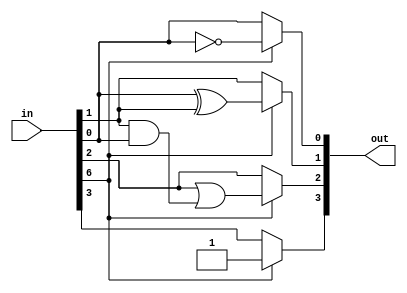
module asc_hex_to_nybble (in,out);
input [7:0] in;

output [3:0] out;
reg [3:0] out;

// method 1 is smaller, faster, and will output garbage for
//		non-hex characters.
//
// method 0 will output 0 for non-hex chars
//
parameter METHOD = 1;

generate
if (METHOD == 0) begin
	
	//////////////////////////////////////
	// METHOD = 0
	// illegal input bytes must output 0
	//////////////////////////////////////
	always @(in) begin
		case (in)
			"0" : out = 4'h0;
			"1" : out = 4'h1;
			"2" : out = 4'h2;
			"3" : out = 4'h3;
			"4" : out = 4'h4;
			"5" : out = 4'h5;
			"6" : out = 4'h6;
			"7" : out = 4'h7;
			"8" : out = 4'h8;
			"9" : out = 4'h9;
			"A", "a" : out = 4'ha;
			"B", "b" : out = 4'hb;
			"C", "c" : out = 4'hc;
			"D", "d" : out = 4'hd;
			"E", "e" : out = 4'he;
			"F", "f" : out = 4'hf;
			default : out = 4'b0;
		endcase
	end
end
else begin
	
	//////////////////////////////////////
	// METHOD = 1
	// illegal input bytes are don't care
	//////////////////////////////////////
	
	// 0:9 30 - 39 hex	
	// A:F 41 - 46 hex
	// a:f 61 - 66 hex
	always @(in) begin
		if (!in[6])	begin
			// numeric
			out = in[3:0];
		end
		else begin
			// Alpha - made these on paper
			// many variants would work			
			out[3] = 1'b1;
			out[2] = in[2] | (in[1] & in[0]);
			out[1] = in[0] ^ in[1];
			out[0] = !in[0];
		end
	end
end
endgenerate

endmodule